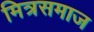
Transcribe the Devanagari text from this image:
मित्रसमाज